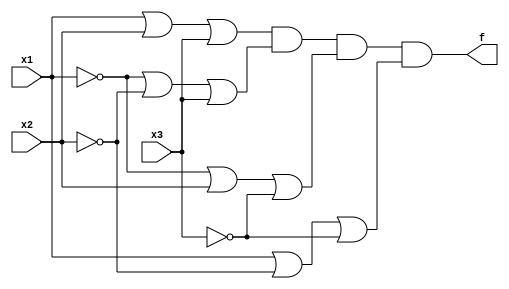
module prog2b(x1, x2, x3, f);
input x1, x2, x3;
output f;
// assign f = (x1^x2)^x3;
assign f = (x1|x2|x3)&(~x1|~x2|x3)&(~x1|x2|~x3)&(x1|~x2|~x3);
endmodule